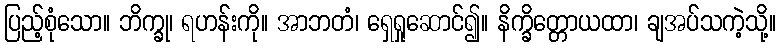
ပြည့်စုံသော။ ဘိက္ခု၊ ရဟန်းကို။ အာဘတံ၊ ရှေရှုဆောင်၍။ နိက္ခိတ္တောယထာ၊ ချအပ်သကဲ့သို့။